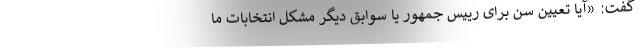
گفت: «آیا تعیین سن برای رییس جمهور یا سوابق دیگر مشکل انتخابات ما